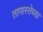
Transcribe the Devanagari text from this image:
तापास्तेच्या